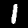
Digit: 1